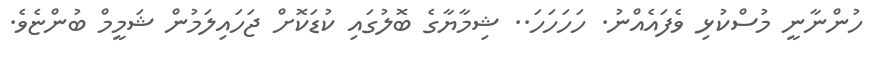
ހުންނާނީ މުސްކުޅި ވެފައެއްނު. ހަހަހަހަ.. ޝިމާޔާގެ ބޮލުގައި ކުޑަކޮށް ޖަހައިލަމުން ޝަމީމް ބުންޏެވެ.